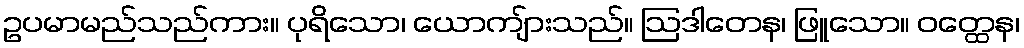
ဥပမာမည်သည်ကား။ ပုရိသော၊ ယောကျ်ားသည်။ ဩဒါတေန၊ ဖြူသော။ ဝတ္ထေန၊